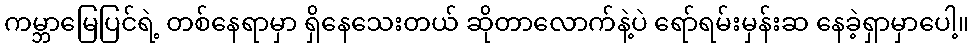
ကမ္ဘာမြေပြင်ရဲ့ တစ်နေရာမှာ ရှိနေသေးတယ် ဆိုတာလောက်နဲ့ပဲ ရော်ရမ်းမှန်းဆ နေခဲ့ရှာမှာပေါ့။